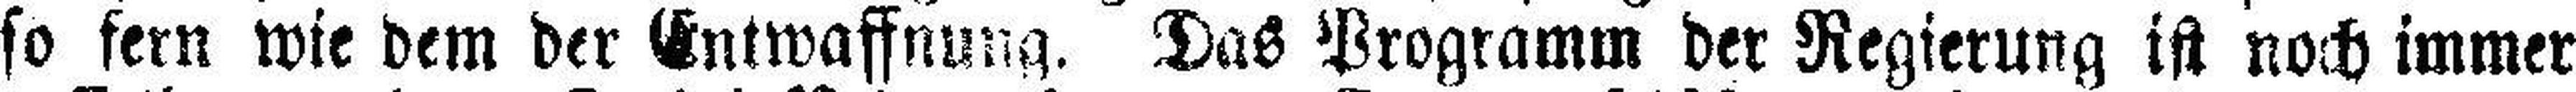
so fern wie dem der Entwaffnung. Das Programm der Regierung ist noch immer